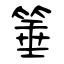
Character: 箠